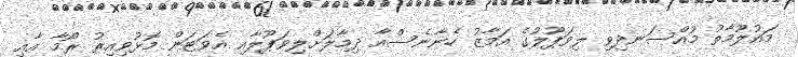
މައުލޫމާތު މުއްސަނދިވި ލިވަޕޫލުގެ އަމާޒު ހެނާނެސްއާ ދިމާލަށްލިވަޕޫލާއި އެވަޓަން މޮޅުވިއިރު ރޯމާ އާއި